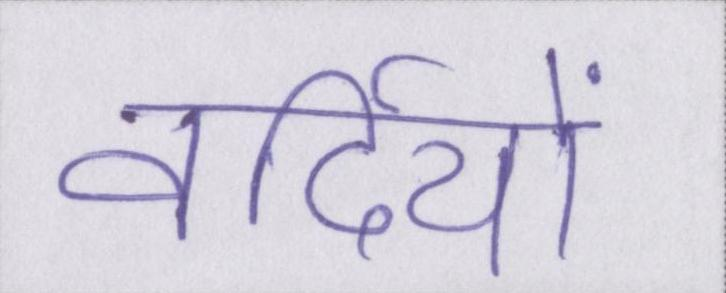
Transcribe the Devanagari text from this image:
वर्दियों